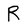
Character: R